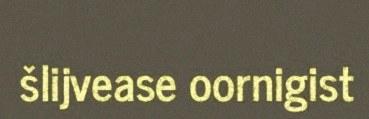
šlijvease oornigist